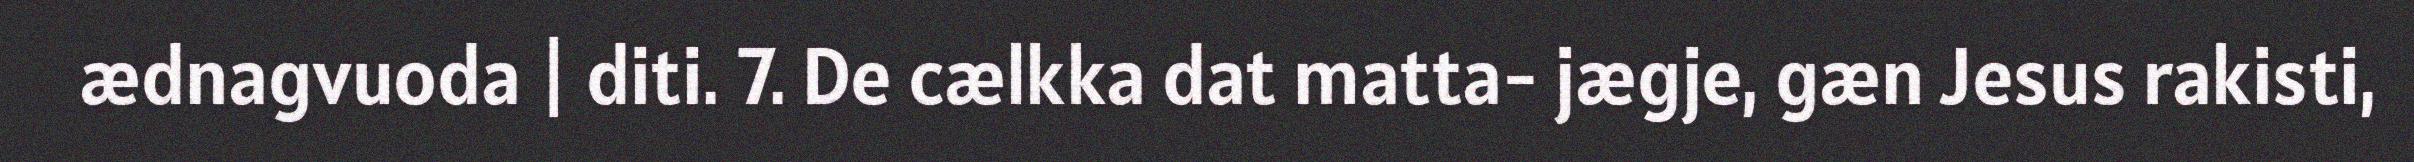
ædnagvuoda | diti. 7. De cælkka dat matta- jægje, gæn Jesus rakisti,